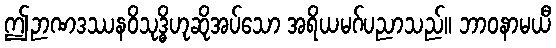
ဤဉာဏဒဿနဝိသုဒ္ဓိဟုဆိုအပ်သော အရိယမဂ်ပညာသည်။ ဘာဝနာမယီ